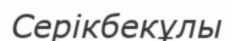
Серікбекұлы